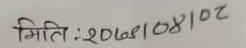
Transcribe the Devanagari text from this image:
मिति : 2068108102